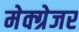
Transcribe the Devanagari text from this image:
मेक्ग्रेजर